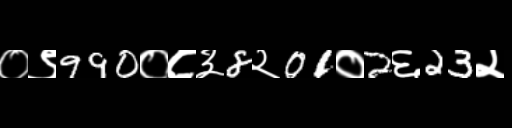
Text: ०९990०८३8२01०2६23२